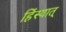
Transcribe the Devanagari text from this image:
हिंस्यात्‌